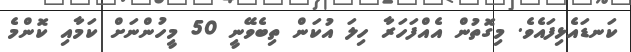
ކަނޑައެޅިފައެވެ. މިގޮތުން އެއްފަހަރާ ހިލަ އުކަން ތިބެވޭނީ 50 މީހުންނަށް ކަމާއި ކޮންމެ